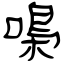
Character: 嘄